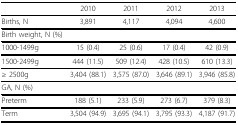
<table><thead><tr><td></td><td><b>2010</b></td><td><b>2011</b></td><td><b>2012</b></td><td><b>2013</b></td></tr></thead><tbody><tr><td>Births, N</td><td>3,891</td><td>4,117</td><td>4,094</td><td>4,600</td></tr><tr><td>Birth weight, N (%)</td><td></td><td></td><td></td><td></td></tr><tr><td>1000-1499g</td><td>15 (0.4)</td><td>25 (0.6)</td><td>17 (0.4)</td><td>42 (0.9)</td></tr><tr><td>1500-2499g</td><td>444 (11.5)</td><td>509 (12.4)</td><td>428 (10.5)</td><td>610 (13.3)</td></tr><tr><td>≥ 2500g</td><td>3,404 (88.1)</td><td>3,575 (87.0)</td><td>3,646 (89.1)</td><td>3,946 (85.8)</td></tr><tr><td>GA, N (%)</td><td></td><td></td><td></td><td></td></tr><tr><td>Preterm</td><td>188 (5.1)</td><td>233 (5.9)</td><td>273 (6.7)</td><td>379 (8.3)</td></tr><tr><td>Term</td><td>3,504 (94.9)</td><td>3,695 (94.1)</td><td>3,795 (93.3)</td><td>4,187 (91.7)</td></tr></tbody></table>